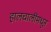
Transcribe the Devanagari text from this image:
हालचालींमधून